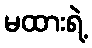
မထားရဲ့